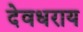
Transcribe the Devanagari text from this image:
देवधराय